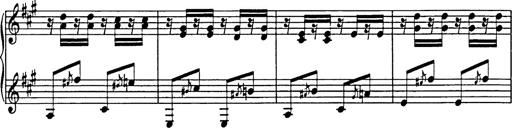
Title: Galop in A minor
Composer: Franz Liszt
Key: A minor